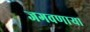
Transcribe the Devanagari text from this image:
जगवणार्‍या